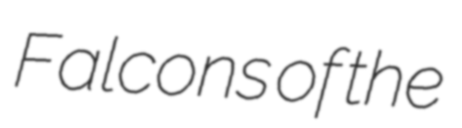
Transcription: Falcons of the